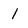
Character: 1